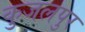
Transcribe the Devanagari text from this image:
कुजलपुर